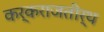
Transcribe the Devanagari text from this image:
कर्कराजतीर्थ